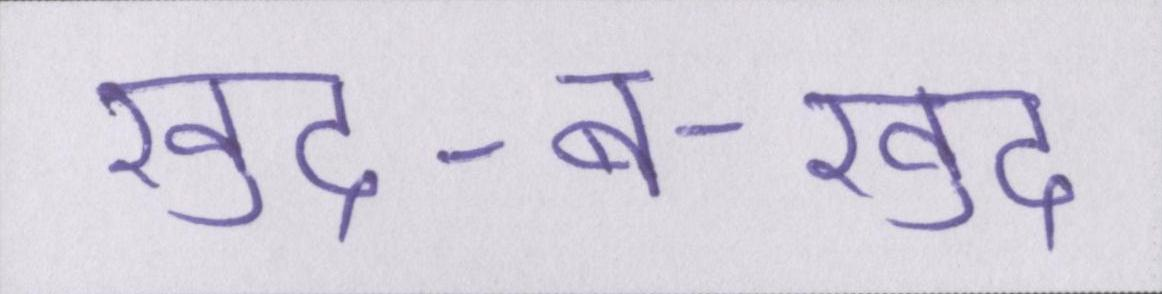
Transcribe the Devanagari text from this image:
खुद-ब-खुद